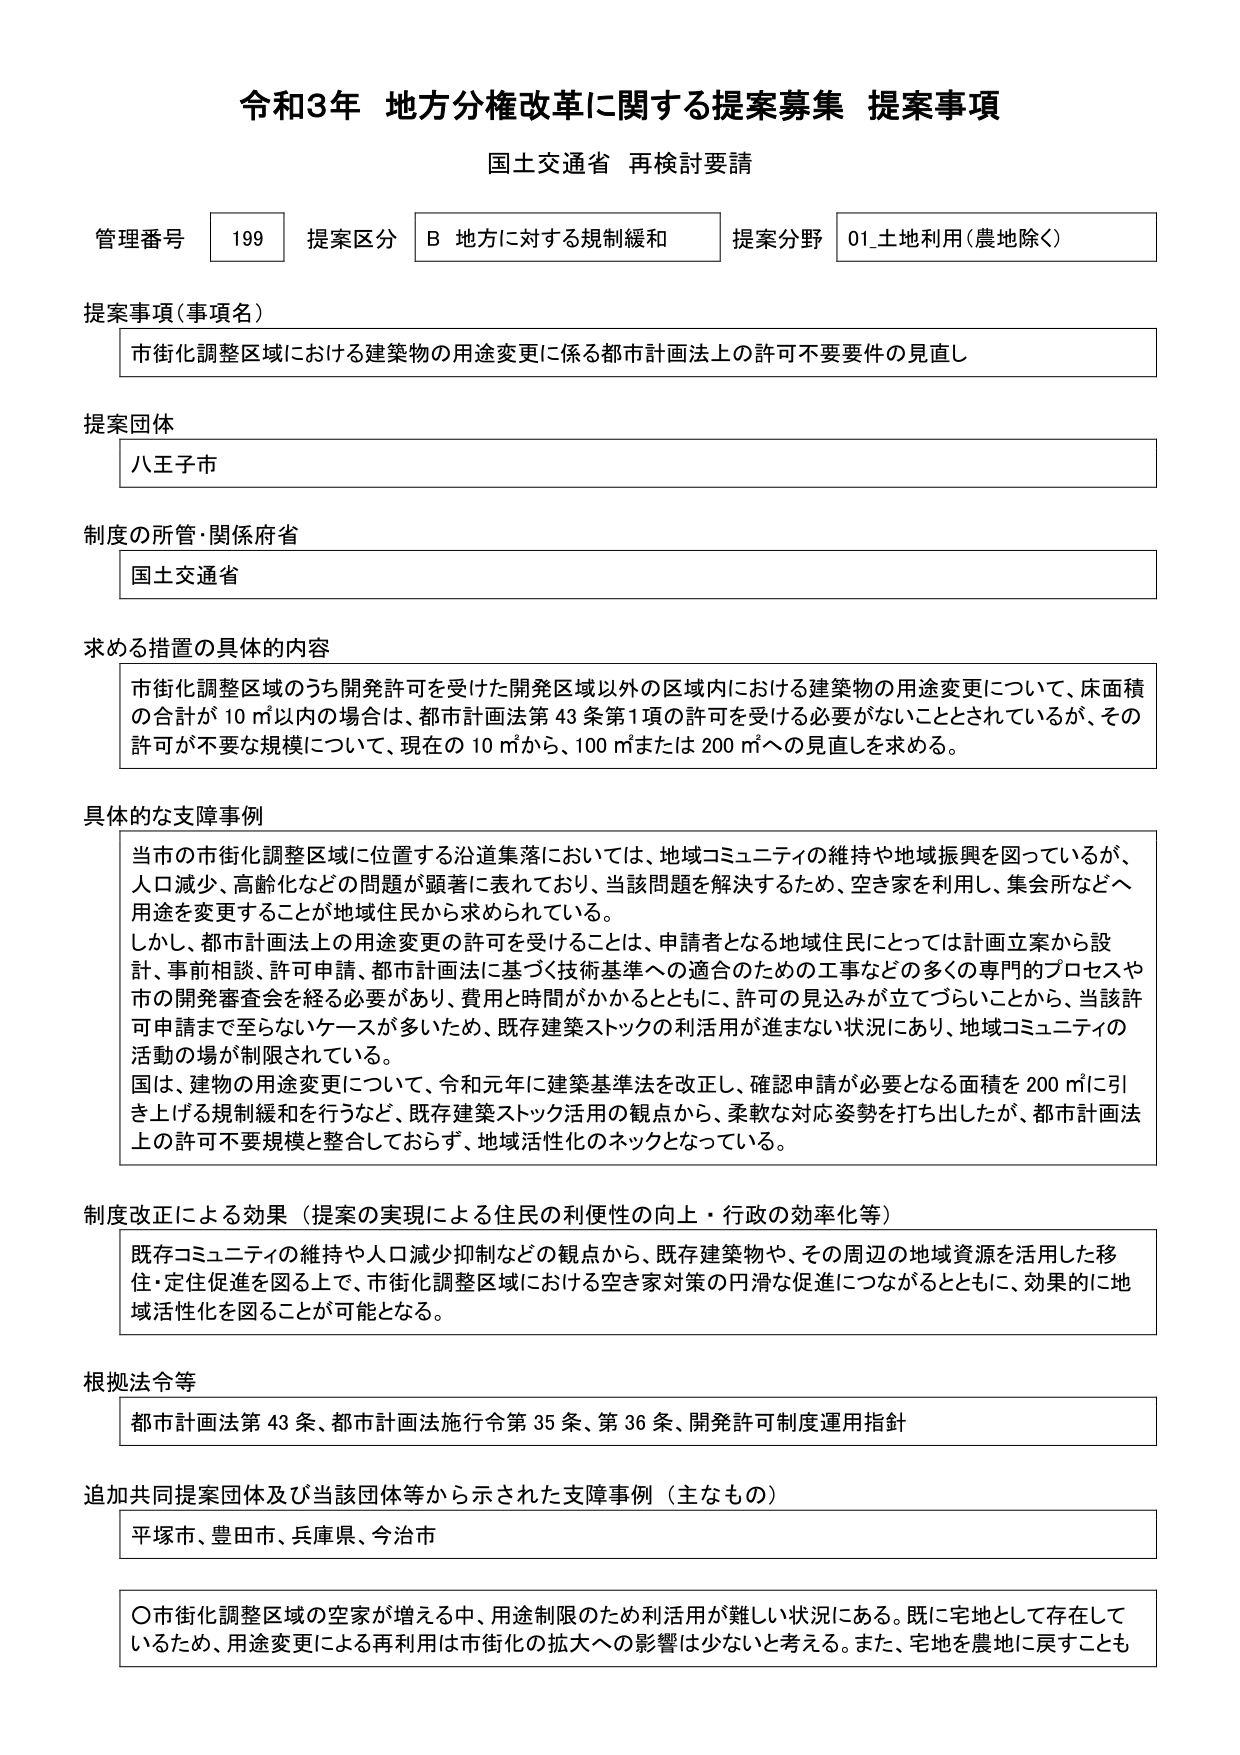
令和3年 地方分権改革に関する提案募集 提案事項
国土交通省 再検討要請

管理番号 199 提案区分 B 地方に対する規制緩和 提案分野 01_土地利用（農地除く）

提案事項（事項名）
市街化調整区域における建築物の用途変更に係る都市計画法上の許可不要要件の見直し

提案団体
八王子市

制度の所管・関係府省
国土交通省

求める措置の具体的内容
市街化調整区域のうち開発許可を受けた開発区域以外の区域内における建築物の用途変更について、床面積の合計が10㎡以内の場合は、都市計画法第43条第1項の許可を受ける必要がないこととされているが、その許可が不要な規模について、現在の10㎡から、100㎡または200㎡への見直しを求める。

具体的な支障事例
当市の市街化調整区域に位置する沿道集落においては、地域コミュニティの維持や地域振興を図っているが、人口減少、高齢化などの問題が顕著に表れており、当該問題を解決するため、空き家を利用し、集会所などへ用途を変更することが地域住民から求められている。
しかし、都市計画法上の用途変更の許可を受けることは、申請者となる地域住民にとっては計画立案から設計、事前相談、許可申請、都市計画法に基づく技術基準への適合のための工事などの多くの専門的プロセスや市の開発審査会を経る必要があり、費用と時間がかかるとともに、許可の見込みが立たづらいことから、当該許可申請まで至らないケースが多いため、既存建築ストックの利活用が進まない状況にあり、地域コミュニティの活動の場が制限されている。
国は、建物の用途変更について、令和元年に建築基準法を改正し、確認申請が必要となる面積を200㎡に引き上げる規制緩和を行うなど、既存建築ストック活用の観点から、柔軟な対応姿勢を打ち出したが、都市計画法上の許可不要規模と整合しておらず、地域活性化のネックとなっている。

制度改正による効果（提案の実現による住民の利便性の向上・行政の効率化等）
既存コミュニティの維持や人口減少抑制などの観点から、既存建築物や、その周辺の地域資源を活用した移住・定住促進を図る上で、市街化調整区域における空き家対策の円滑な促進につながるとともに、効果的に地域活性化を図ることが可能となる。

根拠法令等
都市計画法第43条、都市計画法施行令第35条、第36条、開発許可制度運用指針

追加共同提案団体及び当該団体等から示された支障事例（主なもの）
平塚市、豊田市、兵庫県、今治市

〇市街化調整区域の空家が増える中、用途制限のため利活用が難しい状況にある。既に宅地として存在しているため、用途変更による再利用は市街化の拡大への影響は少ないと考える。また、宅地を農地に戻すことも